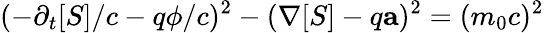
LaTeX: (-\partial_{t}[S]/c-q\phi/c)^{2}-(\mathbf{\nabla}[S]-q\mathbf{a})^{2}=(m_{0}c)^{2}